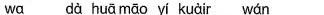
wa dà huā māo yī kuàir wán